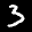
Label: 3